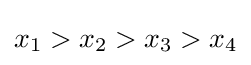
x_{1}>x_{2}>x_{3}>x_{4}